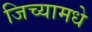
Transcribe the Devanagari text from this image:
जिच्यामधे